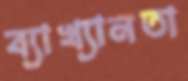
ব্যাখ্যানতা